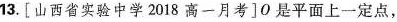
13.[山西省实验中学2018高一月考]O是平面上一定点，